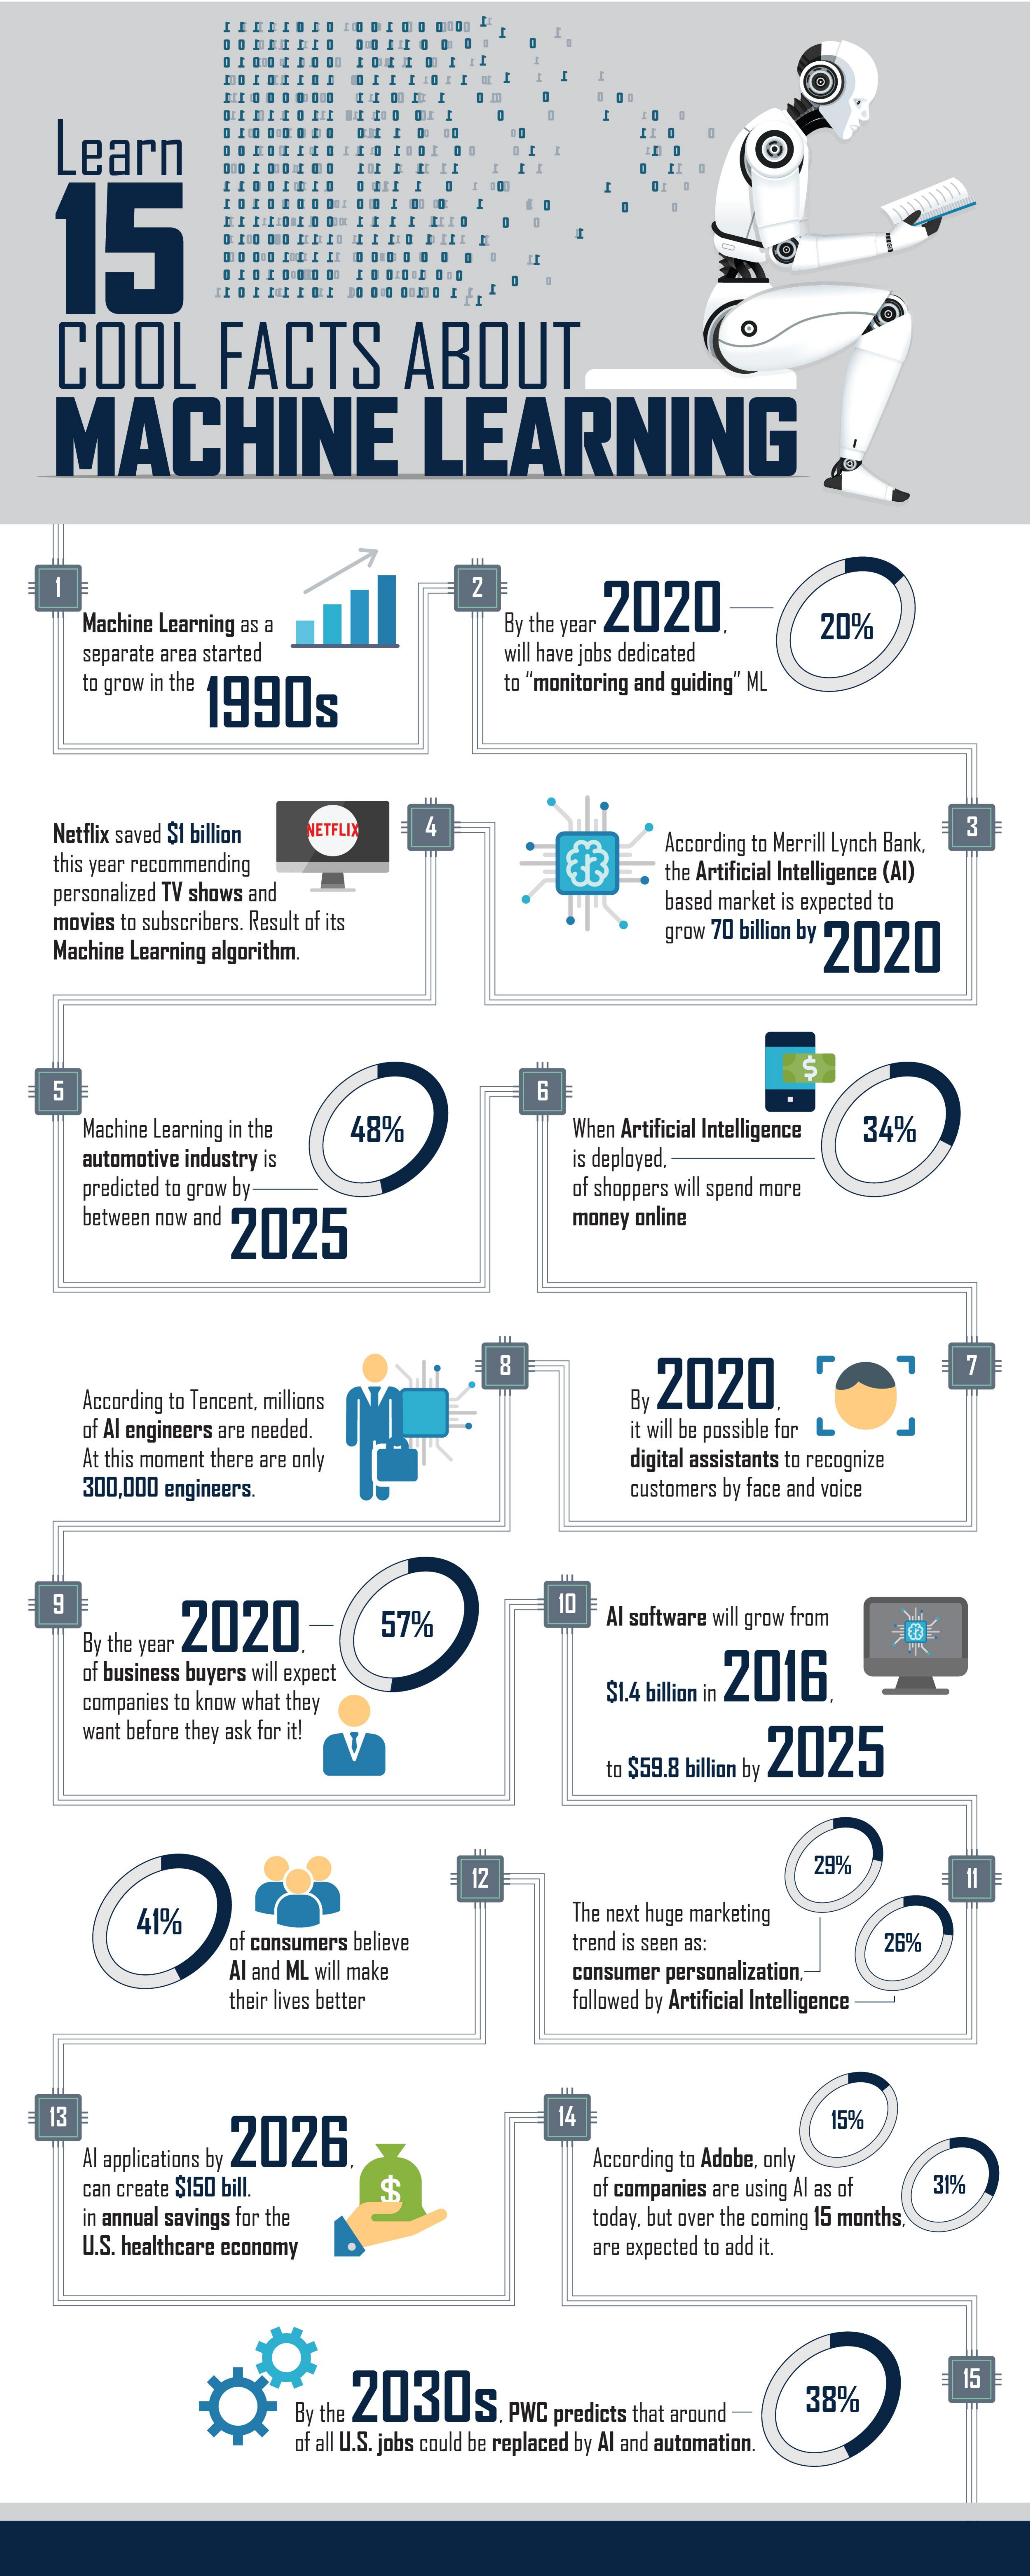
Learn
   15
    COOL    FACTS    ABOUT
    MACHINE    LEARNING
     2    2020
     Machine Learning as a    By the year    20%
     separate area started    will have jobs dedicated
     to grow in the
     1990s
     to "monitoring and guiding" ML
    Netflix saved $1 billion NETFLIX 4    3
    this year recommending
     According to Merrill Lynch Bank,
    personalized TV shows and
     the Artificial Intelligence (AI)
    movies to subscribers. Result of its
     based market is expected to
    Machine Learning algorithm.
     grow 70 billion by 2020
     $
    5    6
     Machine Learning in the 48%    When Artificial Intelligence 34%
     automotive industry is    is deployed,
     predicted to grow by-
     between now and 2025
     of shoppers will spend more
     money online
     8
     According to Tencent. millions    By 2020
     of Al engineers are needed.    it will be possible for
     At this moment there are only
     300,000 engineers.
     digital assistants to recognize
     customers by face and voice
     10
     By the year
     2020    57%    Al software will grow from
     of business buyers will expect    2016
     companies to know what they    $1.4 billion in
     want before they ask for it!
     to $59.8 billion by
     2025
     12
     29%
     41%    The next huge marketing
     of consumers believe trend is seen as:  26%
     Al and ML will make
     their lives better
     consumer personalization.
     followed by Artificial Intelligence
   13
     2026
     14    15%
     Al applications by    According to Adobe, only
     can create $150 bill.
     in annual savings for the
     $    of companies are using Al as of 31%
     U.S. healthcare economy
     today, but over the coming 15 months.
     are expected to add it.
     By the 2030s    38%
     15
     of all U.S. jobs could be replaced by Al and automation.